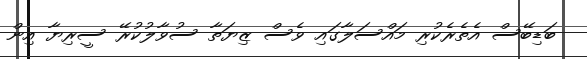
ބަޑިބޭސް އެތެރެކުރި މައްސަލާގައި ވެސް ޒިޔަތާ ސުވާލުކުރޭ ސީރިޔާ އިން